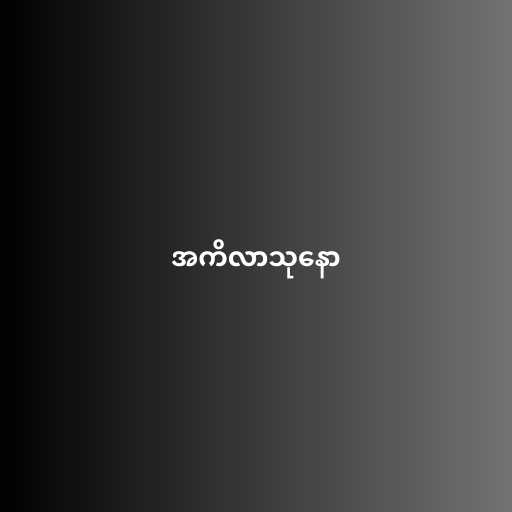
အကိလာသုနော